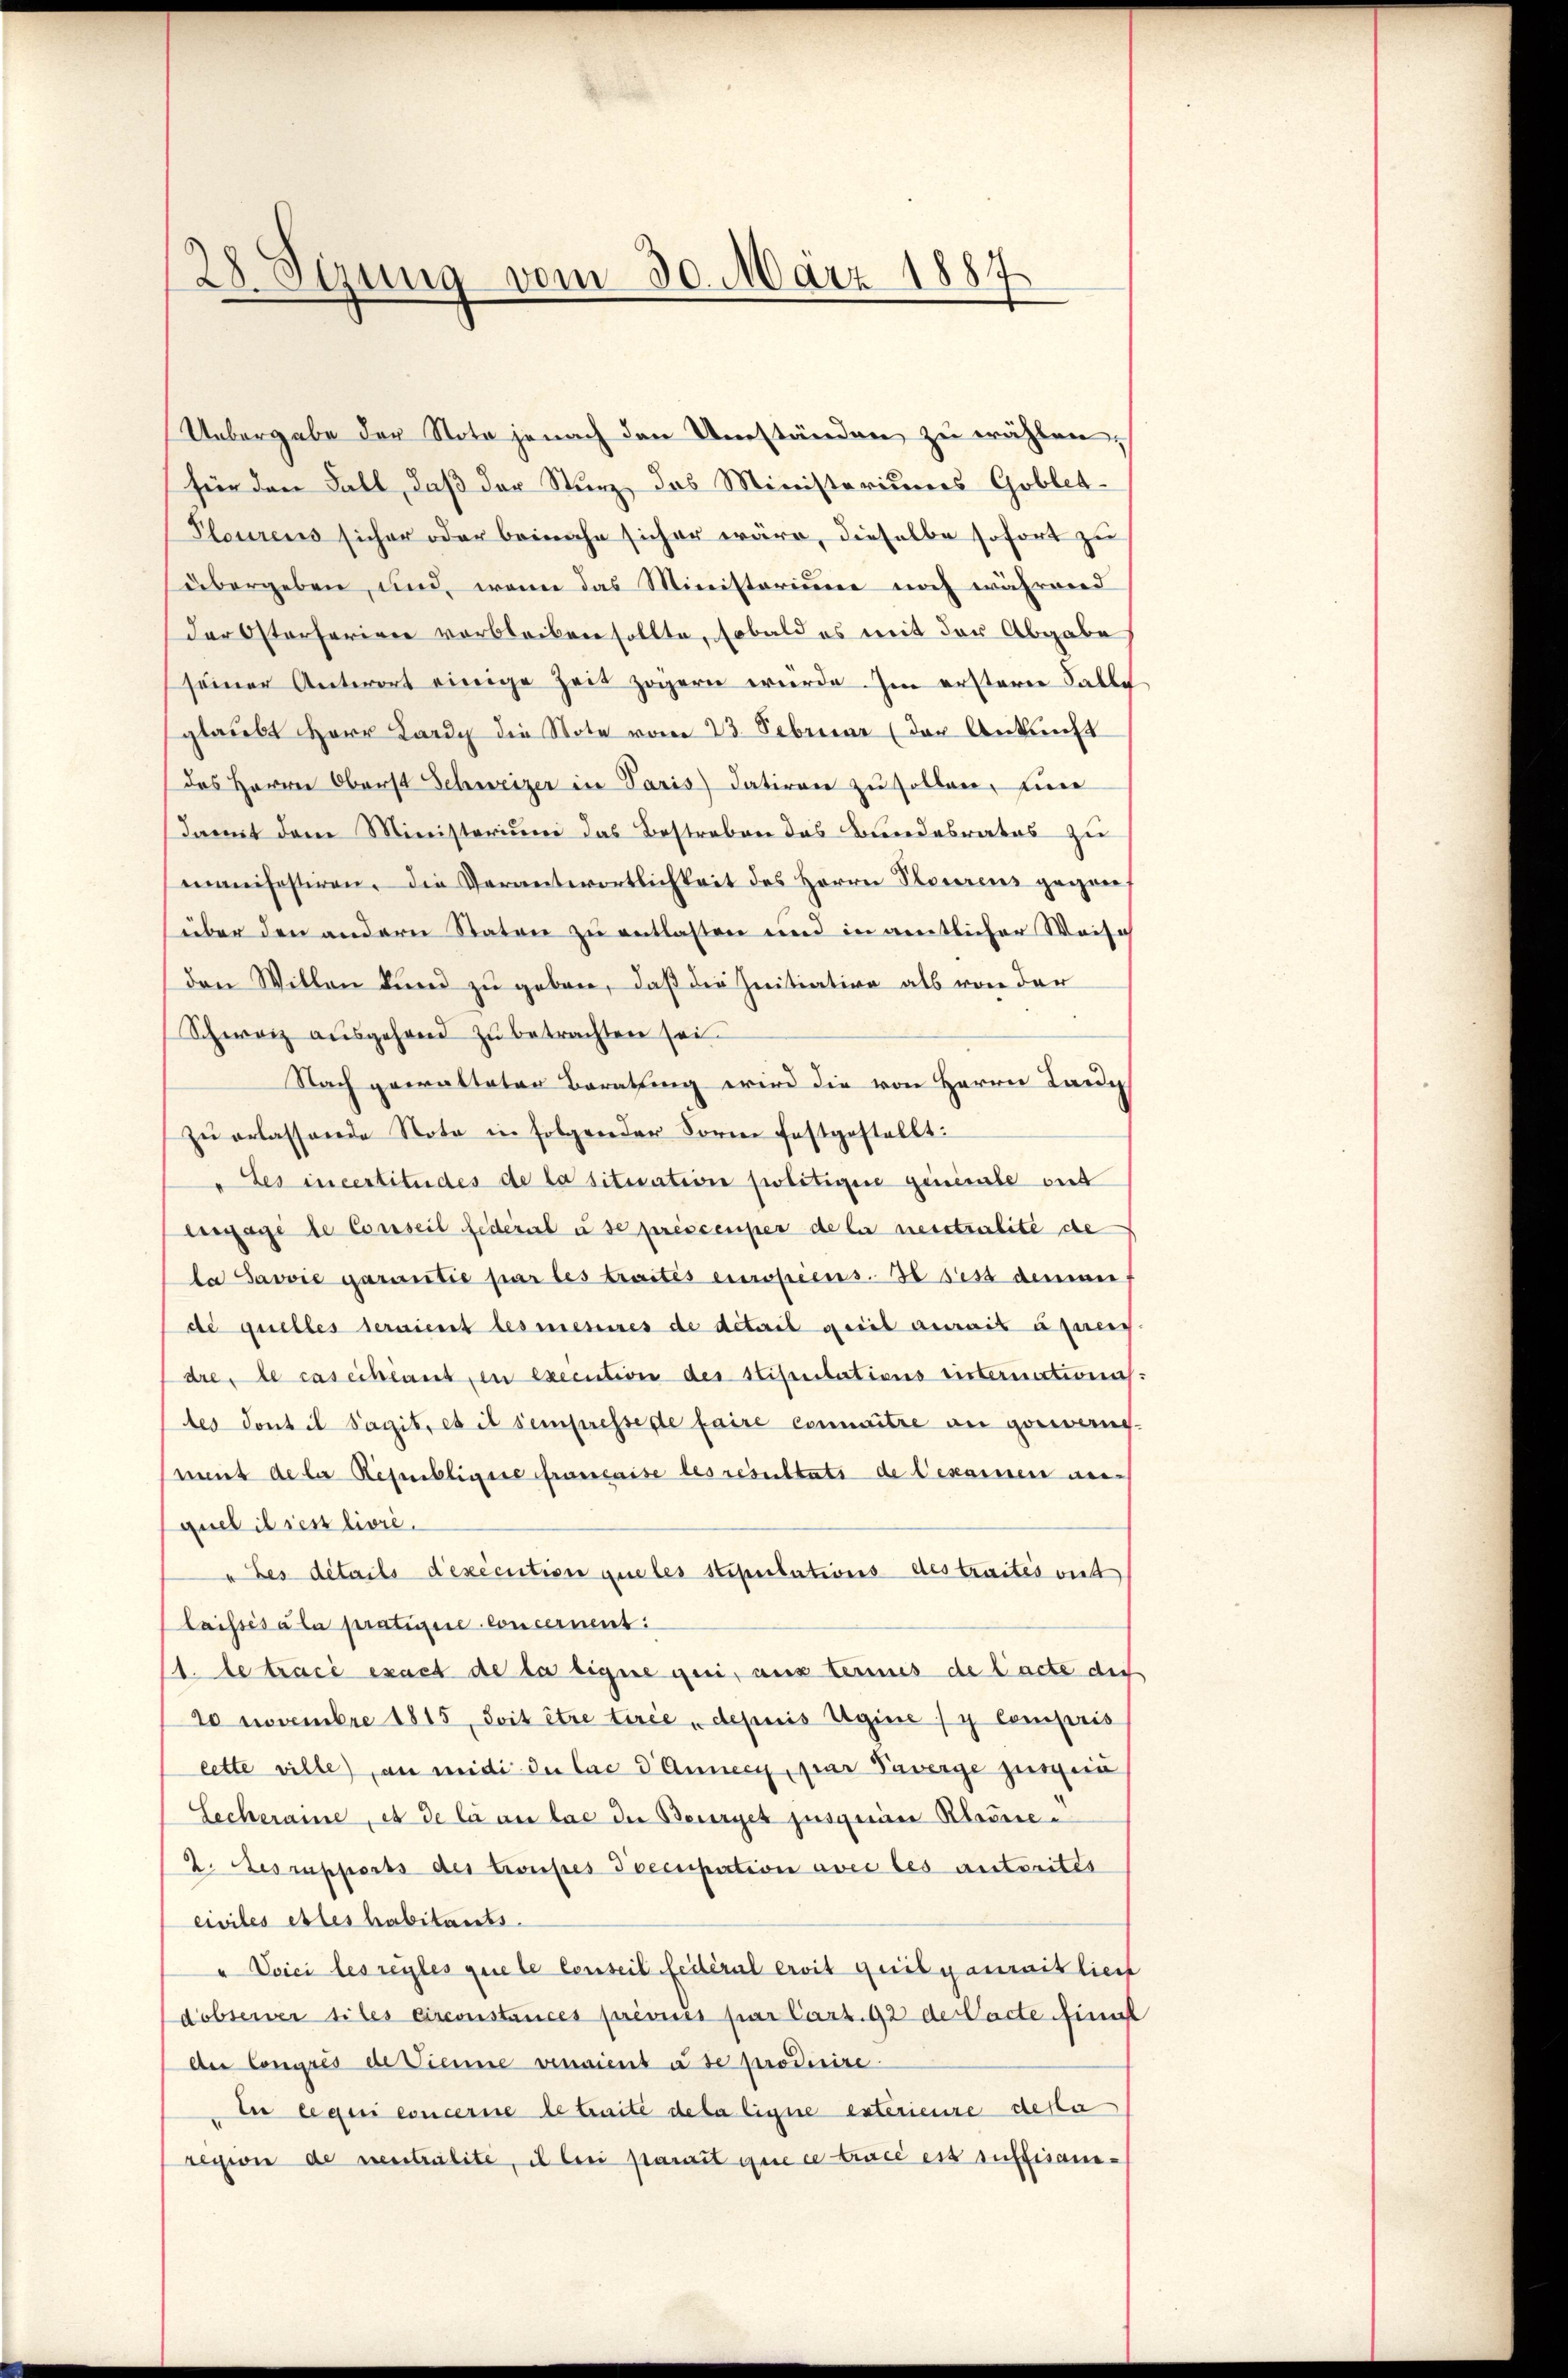
Sizung vom 30. März 1887
28

Uebergabe der Nota jenach den Umständen zu wählen,
für den Fall, daß der Sturz, das Ministeriums Goblet-
Pleuirens sicher oder beinahe sicher wäre, dieselbe sofort zu
übergeben, und, wenn das Ministorium noch währwird
der Osterferiren verbleiben sollte, sobald es mit der Abgabe
seiner Unterort einige Zeit zögern wurde. Im erstern Falle
glaubt Herr Kardy die Note vom 23. Februar (der Ankunft
des Herren Oberst Schweizer in Paris datiren zu sollen, eine
damit dem Ministerium das Bestreben das Bundesrates zu
manifestiren, die Verantwortlichkeit des Herrn Plourens gegenüber den andern Staton zu entlasten und in amtlicher Weisch
den Willen kund zu geben, daß die Initiation als von der
Schweiz aŭsgehend zŭ betrachten sei.
Nach gewalteten Berathung wird die von Herrn Lande
zu erlassende Nota in folgender Sorne festgestellt:
Les incertitudes de la situation politigere generale out
enage de Conseil federat u se prescenper de la nesstralite de
la Savoie garantie par les traités europiens. I des dener
de quelles seraient les messeres de detail geeil aurait aners
dre, le cas échéant, in execution des Stipentations sisternationis:
tes dont il Sagit, es il sempresse de faire connaitre an gewang
mit deser Refenbligere Eruescaise des resultats de Gesammen aner
quel il ses livré.
" Les details dexécution queles stipulations des traités viel
laissésala prativie concernent:
1. betracé exact de la eigne qui, aus termes de lacte des
20 Novembre 1815, soit être tirée depuis Ugine / y compris
cette ville), an mit de lae d. Annern, par Taverge zur ein
Leckeraine, es de lie an las der Beuryet jusquai Kleine¬
2. Les rapports des troupes Poecupation avec les autorites
civiles estes habitants.
"Voici les regles quele lenseil fédéral eroit quilyaurait liech
dobserver siles circonstances prévues par Cart. 92 der Pacte finit
Aer Compris de Trenne venaient à se produire
En ce qui concerne de traite dela ligne exterienze desta
rexion de verstralité, il bei stanzit que ce tracé est suffisan¬